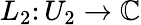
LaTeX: L_{2}\colon U_{2}\to\mathbb{C}